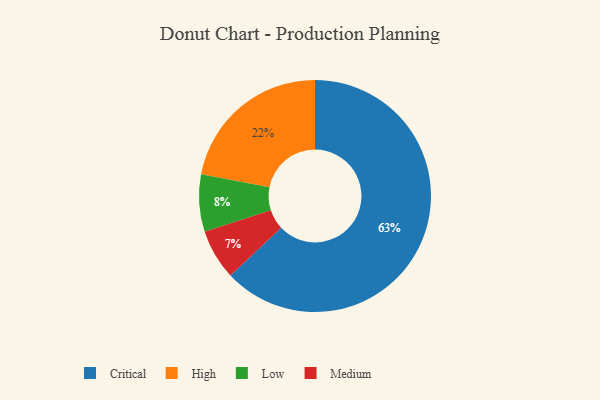
{"axis": {"x": "Category", "y": "Percentage"}, "legend": ["Critical", "High", "Low", "Medium"], "data": [{"x": "Medium", "y": 7, "type": "Medium"}, {"x": "Critical", "y": 63, "type": "Critical"}, {"x": "High", "y": 22, "type": "High"}, {"x": "Low", "y": 8, "type": "Low"}]}